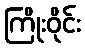
ကြိုးဝိုင်း